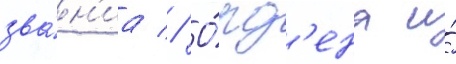
зва́н'иа // О́рд'ена и́